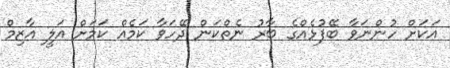
އަކަށް ހުންނަވާ ބޭފުޅެއްގެ ބާރު ނެތްކަން ދޭހަވާ ކަމެއް ކަމަށް އަލީ އާޒިމް